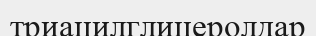
триацилглицеролдар